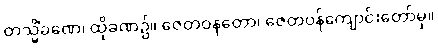
တသ္မိံခဏေ၊ ထိုခဏ၌။ ဇေတဝနတော၊ ဇေတဝန်ကျောင်းတော်မှ။